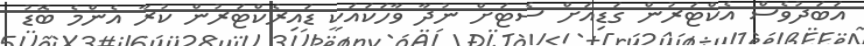
އަބަދުވެސް އެކްޓަރުން ގަޑިއަށް ސެޓަށް ނުދާ ވާހަކައަކީ ޑައިރެކްޓަރުން ކުރާ އެންމެ ބޮޑު